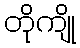
တိုကျို